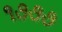
૧૭૭૭